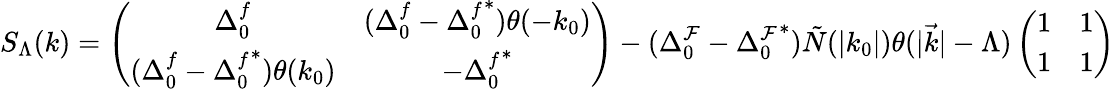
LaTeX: S_{\Lambda}(k)=\left(\begin{array}{cc}{{\Delta_{0}^{f}}}&{{(\Delta_{0}^{f}-{\Delta_{0}^{f}}^{*})\theta(-k_{0})}}\\ {{(\Delta_{0}^{f}-{\Delta_{0}^{f}}^{*})\theta(k_{0})}}&{{-{\Delta_{0}^{f}}^{*}}}\end{array}\right)-(\Delta_{0}^{\mathcal{F}}-{\Delta_{0}^{\mathcal{F}}}^{*})\tilde{{N}}(|k_{0}|)\theta(|\vec{{k}}|-\Lambda)\left(\begin{array}{cc}{{1}}&{{1}}\\ {{1}}&{{1}}\end{array}\right)